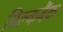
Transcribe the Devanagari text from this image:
मिल्कबैंक